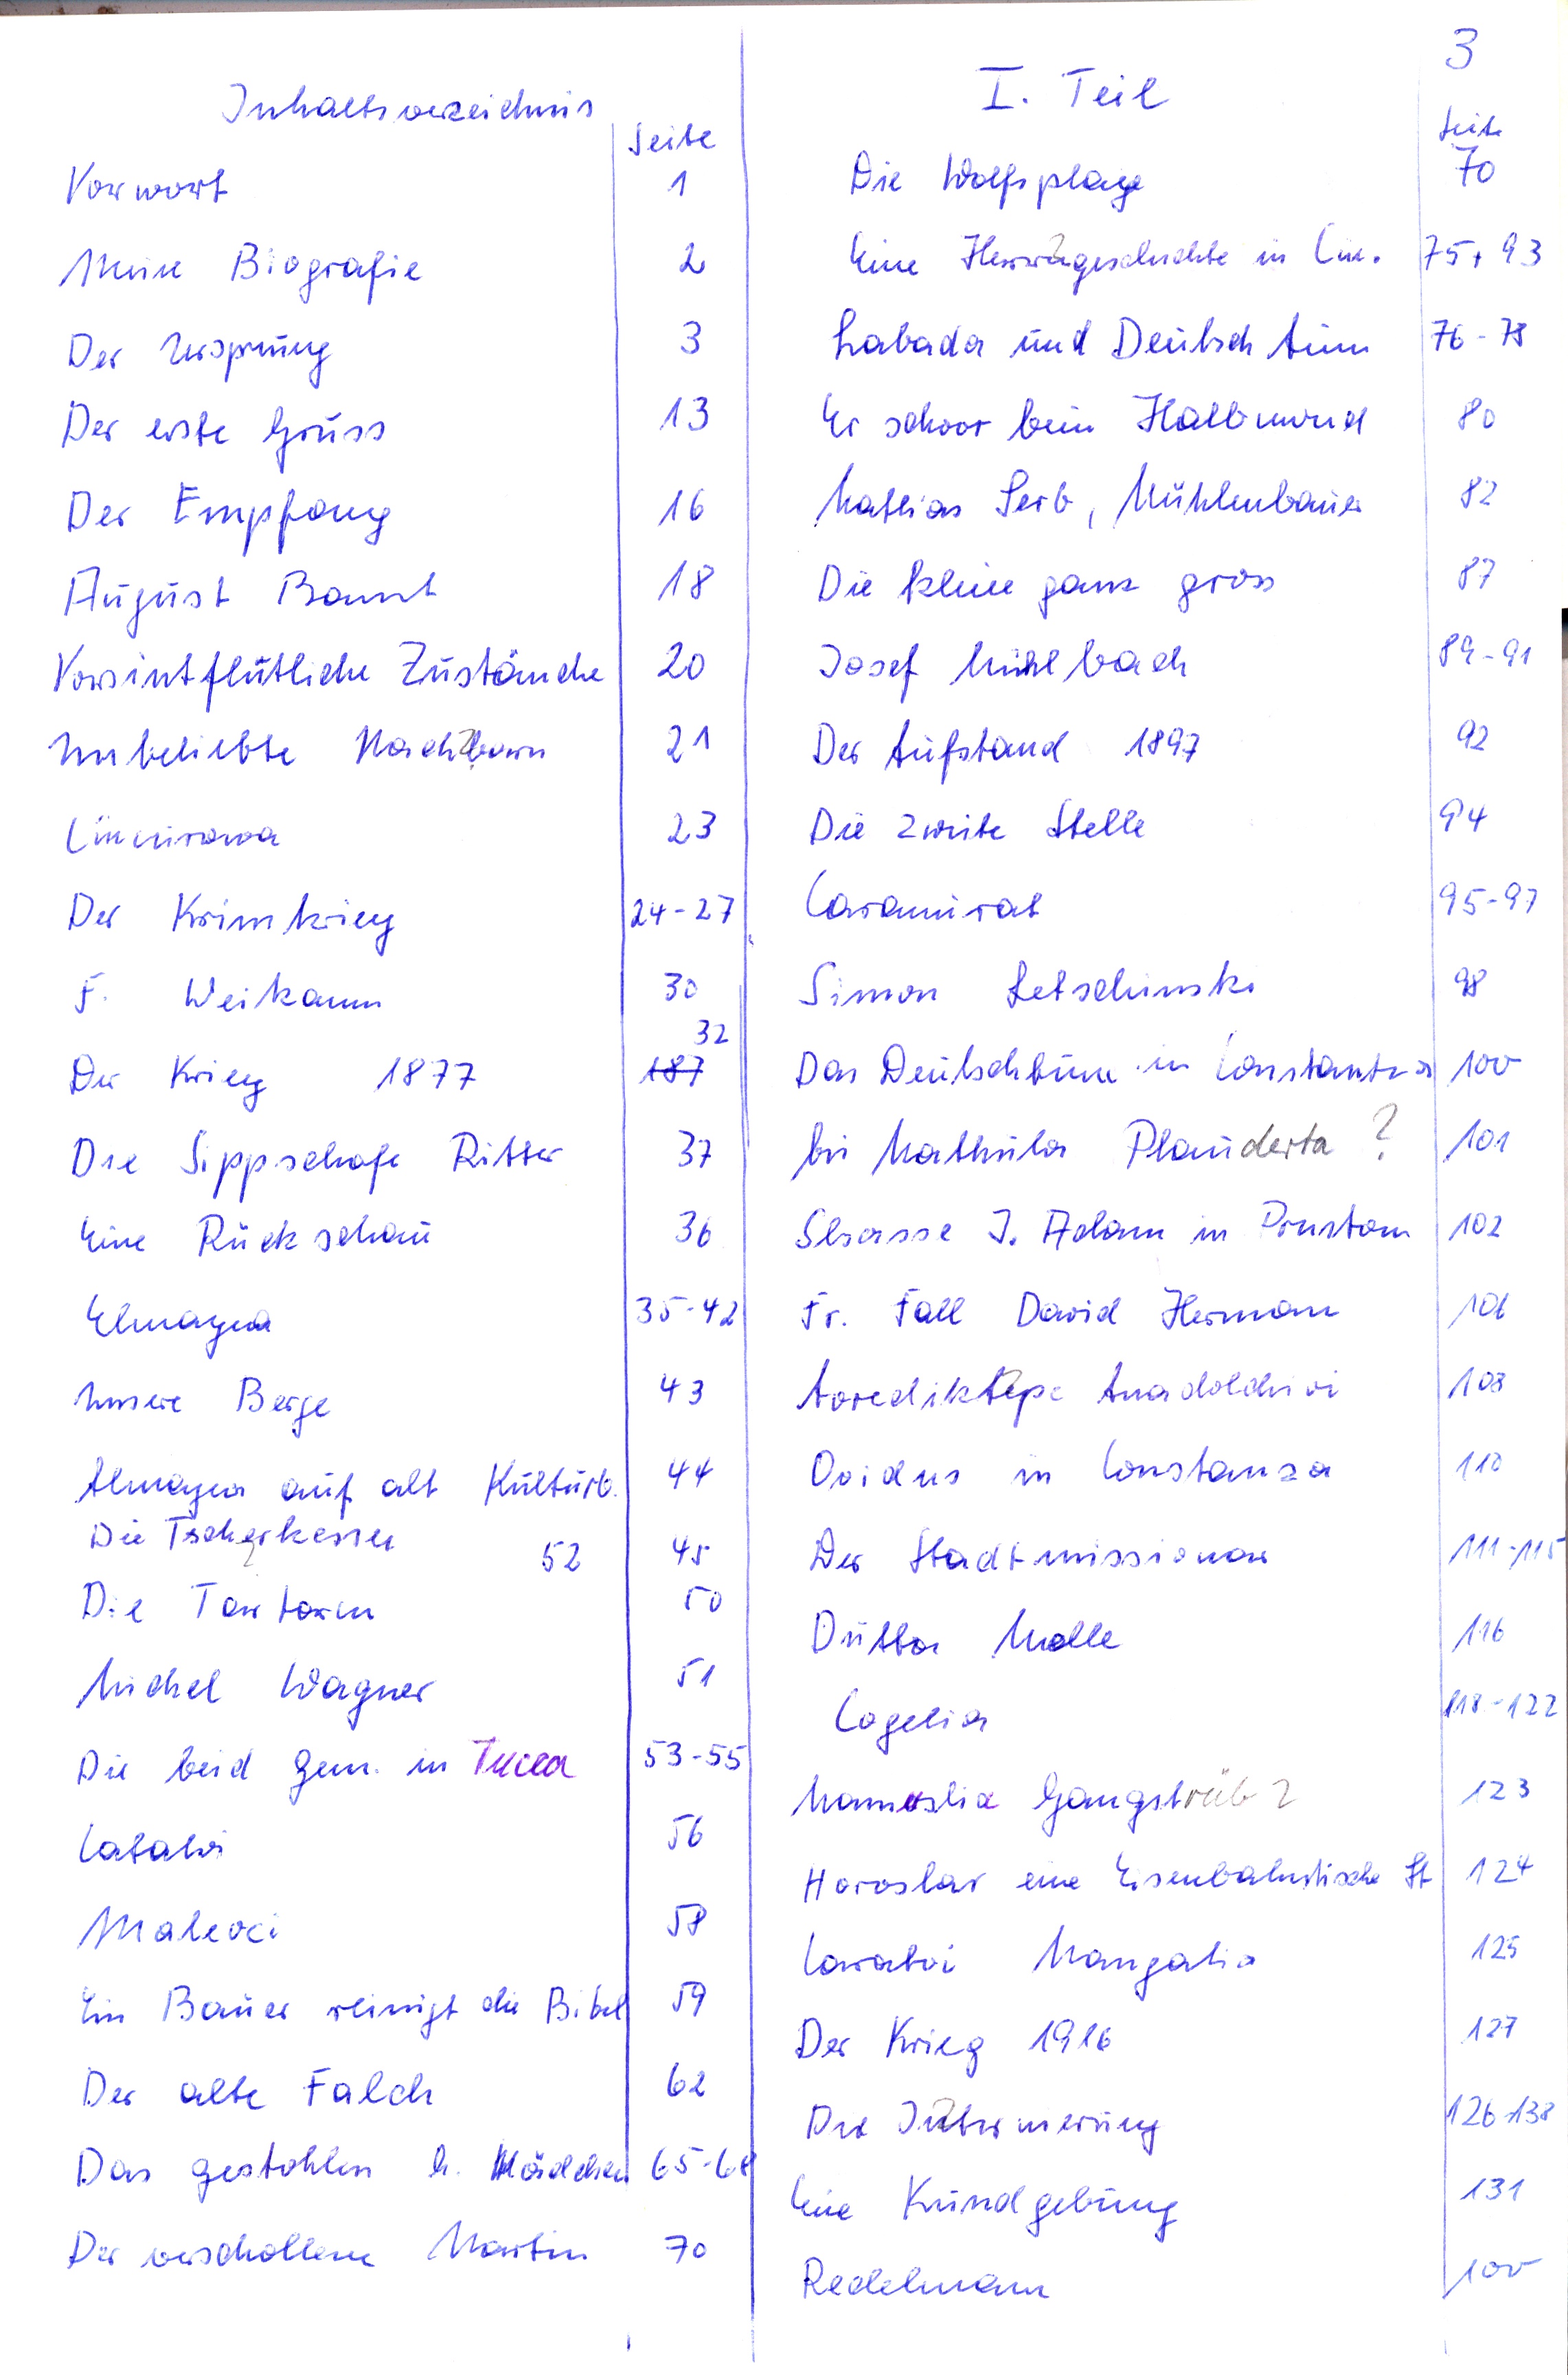
Inhaltsverzeichnis I. Teil
Vorwort	1
Meine Biografie	2
Der Ursprung	3
Der erste Gruss	13
Der Empfang	16
August Bannt	18
Vorsintflutliche Zustände	20
Unbeliebte Nachbarn	21
Ciucurowa	23
Der Krimkrieg	24-27
F. Weikann	30
Der Krieg 1877  	32
Die Sippschaft Ritter	37
Eine Rückschau	36
Elemayna	35-42
Unsere Berge	43
Atmagea auf alt Kulturb.	44
Die Tscherkessen 52	45
Die Tartaren	50
Michel Wagner	51
Die beid. Gem. in Tucea	53-55
Latalvi	56
Malcoci	58
Ein Bauer reinigt die Bibel	59
Der alte Falch	62
Das gestohlen h. Mädchen	65-68
Der verschollene Martin	70

Die Wolfsplage	70
Eine Herzengeschichte in Ciu	75 + 93
Babada und Deutschtum	76-78
Er schwor beim Halbmond	80
Mathias Serb, Mühlenbauer	82
Die kleine ganz gross	87
Josef Mühlbach	89-91
Der Aufstand 1897	92
Die zweite Stelle	94
Caramurat	95-97
Simon Letschinski	98
Das Deutschtum in Constantza	100
bei Mathula Plauderta?	101
Slsasse J. Adam in Prustom	102
Fr. Fall David Herman	106
Aorediktepe Anadolchioi	108
Ovidus in Constanza	110
Der Stadtmissionar	111-115
Dritte Welle	116
Cogelia	118-122
Mamuslia Gangstrüb ?	123
Horoslar eine Eisenbahnstische St.	124
Caratai Mangalia	125
Der Krieg 1916	127
Die Internierung	125-138
Eine Kundgebung	131
Redelmann	100